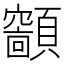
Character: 𩕤